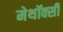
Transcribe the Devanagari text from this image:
मेथॉक्सी